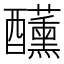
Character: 𮡍